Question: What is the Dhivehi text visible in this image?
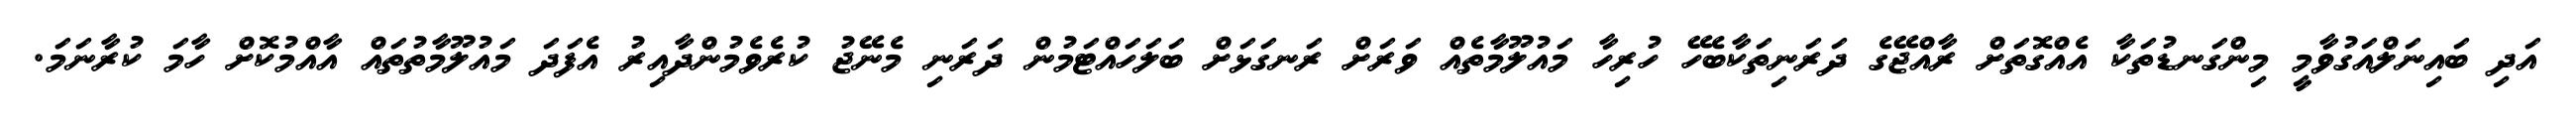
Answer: އަދި ބައިނަލްއަގުވާމީ މިންގަނޑުތަކާ އެއްގޮތަށް ރާއްޖޭގެ ދަރަނިތަކާބެހޭ ހުރިހާ މައުލޫމާތެއް ވަރަށް ރަނގަޅަށް ބަލަހައްޓަމުން ދަރަނި މެނޭޖު ކުރެވެމުންދާއިރު އެފަދަ މައުލޫމާތުތައް އާއްމުކޮށް ހާމަ ކުރާނަމަ.